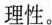
理性。